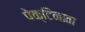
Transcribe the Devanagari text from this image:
पेक्टिनाता